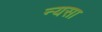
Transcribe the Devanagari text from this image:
न्यसा